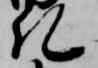
記